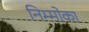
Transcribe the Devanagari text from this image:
निम्मोका